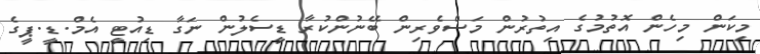
މިކަން މިހެން އޮތުމުގެ އިތުރުން މަސްވެރިން ބޭނުންކުރާ ޑީސެލުން ނަގާ ޑިއުޓީ އެމް.ޑީ.ޕީގެ